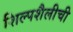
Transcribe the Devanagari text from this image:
शिल्पशैलीची